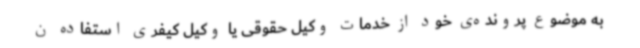
به موضوع پرونده‌ی خود از خدمات وکیل حقوقی یا وکیل کیفری استفاده ن